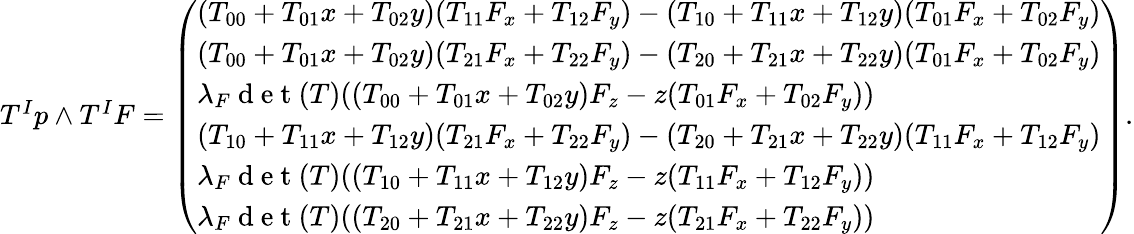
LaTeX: \begin{array}{r}{T^{I}p\wedge T^{I}F=\left(\begin{array}{l}{(T_{00}+T_{01}x+T_{02}y)(T_{11}F_{x}+T_{12}F_{y})-(T_{10}+T_{11}x+T_{12}y)(T_{01}F_{x}+T_{02}F_{y})}\\ {(T_{00}+T_{01}x+T_{02}y)(T_{21}F_{x}+T_{22}F_{y})-(T_{20}+T_{21}x+T_{22}y)(T_{01}F_{x}+T_{02}F_{y})}\\ {\lambda_{F}\mathrm{~d~e~t~}(T)((T_{00}+T_{01}x+T_{02}y)F_{z}-z(T_{01}F_{x}+T_{02}F_{y}))}\\ {(T_{10}+T_{11}x+T_{12}y)(T_{21}F_{x}+T_{22}F_{y})-(T_{20}+T_{21}x+T_{22}y)(T_{11}F_{x}+T_{12}F_{y})}\\ {\lambda_{F}\mathrm{~d~e~t~}(T)((T_{10}+T_{11}x+T_{12}y)F_{z}-z(T_{11}F_{x}+T_{12}F_{y}))}\\ {\lambda_{F}\mathrm{~d~e~t~}(T)((T_{20}+T_{21}x+T_{22}y)F_{z}-z(T_{21}F_{x}+T_{22}F_{y}))}\end{array}\right).}\end{array}